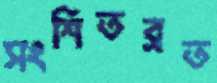
সংশিতব্রত